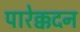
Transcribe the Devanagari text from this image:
पारेक्कदन